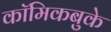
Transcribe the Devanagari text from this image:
कॉमिकबुके